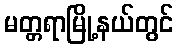
မတ္တရာမြို့နယ်တွင်